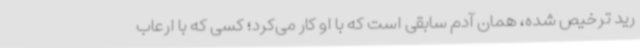
رید ترخیص شده، همان آدم سابقی است که با او کار می‌کرد؛ کسی که با ارعاب